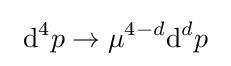
\ \mathrm {d} ^{4}p\to \mu ^{4-d}\mathrm {d} ^{d}p\